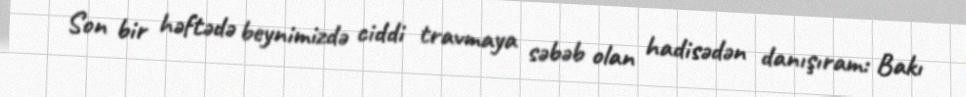
Son bir həftədə beynimizdə ciddi travmaya səbəb olan hadisədən danışıram: Bakı